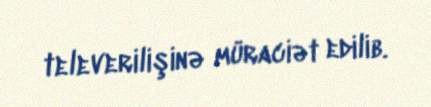
televerilişinə müraciət edilib.